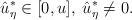
LaTeX: \begin{align*} \hat{u}_\eta^*\in[0,u], \; \hat{u}_\eta^*\not=0.\end{align*}